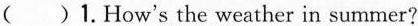
( )1.How's the weather in summer? ( )